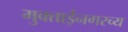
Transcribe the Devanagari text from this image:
मुक्ताईनगरच्य